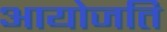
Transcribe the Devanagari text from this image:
आयोजति